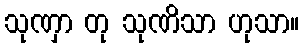
သုဏှာ တု သုဏိသာ ဟုသာ။